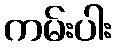
ကမ်းပါး